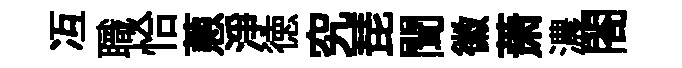
冱職恰蔥淨徳究琵聞徽萧濃閤